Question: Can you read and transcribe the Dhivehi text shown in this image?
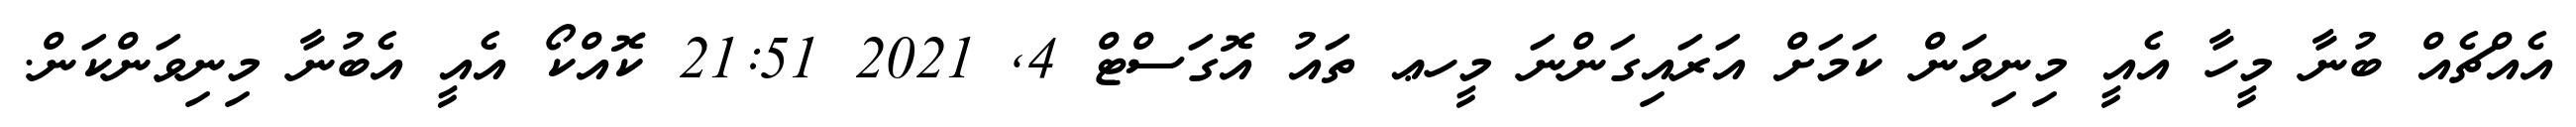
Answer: އެއްޗެއް ބުނާ މީހާ އެއީ މިނިވަން ކަމަށް އަރައިގަންނަ މީހޢ ތައު އޮގަސްޓް 4, 2021 21:51 ކޮއްކޯ އެއީ އެބުނާ މިނިވަންކަން.